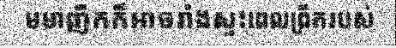
មមាញឹកក៏អាចរាំងស្ទះពេលព្រឹករបស់